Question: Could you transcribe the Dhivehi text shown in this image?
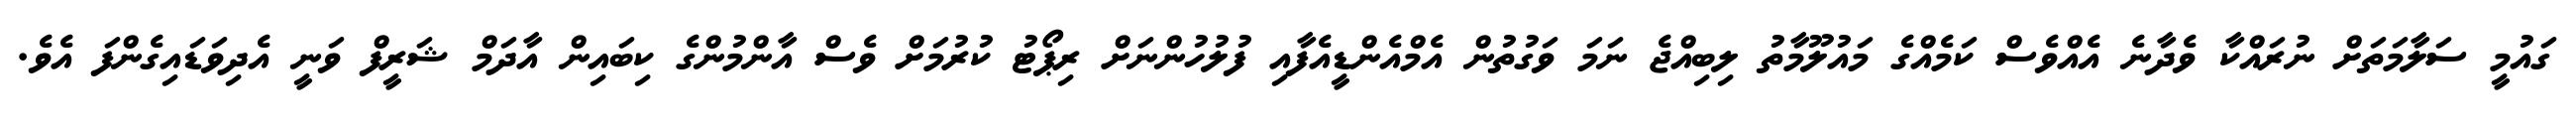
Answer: ގައުމީ ސަލާމަތަށް ނުރައްކާ ވެދާނެ އެއްވެސް ކަމެއްގެ މައުލޫމާތު ލިބިއްޖެ ނަމަ ވަގުތުން އެމްއެންޑީއެފާއި ފުލުހުންނަށް ރިޕޯޓު ކުރުމަށް ވެސް އާންމުންގެ ކިބައިން އާދަމް ޝަރީފް ވަނީ އެދިވަޑައިގެންފަ އެވެ.